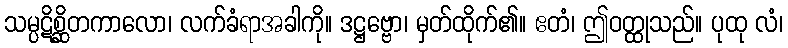
သမ္ပဋိစ္ဆိတကာလော၊ လက်ခံရာအခါကို။ ဒဋ္ဌဗ္ဗော၊ မှတ်ထိုက်၏။ ဧတံ၊ ဤဝတ္ထုသည်။ ပုထု လံ၊